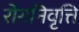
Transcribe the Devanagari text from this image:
रोगनिवृत्ति